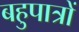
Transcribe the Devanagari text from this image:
बहुपात्रों